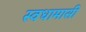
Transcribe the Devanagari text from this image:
स्वधामासी